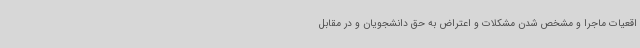
اقعیات ماجرا و مشخص شدن مشکلات و اعتراض به حق‌ دانشجویان و در مقابل